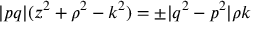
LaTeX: \vert p q \vert ( z ^ { 2 } + \rho ^ { 2 } - k ^ { 2 } ) = \pm \vert q ^ { 2 } - p ^ { 2 } \vert \rho k